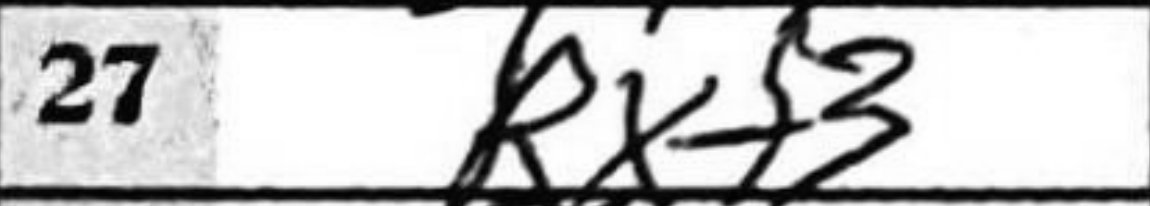
Transcription: Rxf3